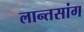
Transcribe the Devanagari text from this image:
लान्तसांग